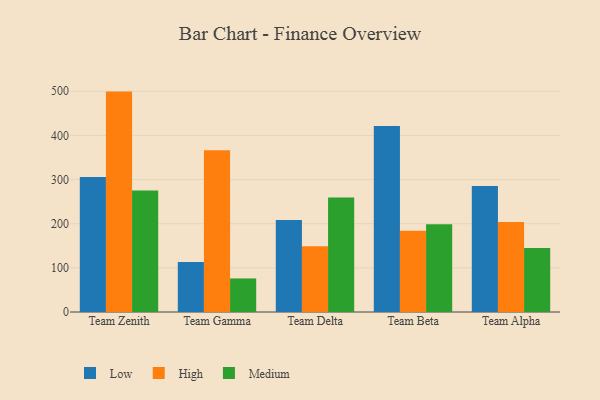
{"axis": {"x": "Team", "y": "Humidity (%)"}, "legend": ["High", "Low", "Medium"], "data": [{"x": "Team Zenith", "y": 305.8, "type": "Low"}, {"x": "Team Zenith", "y": 499.2, "type": "High"}, {"x": "Team Zenith", "y": 275.1, "type": "Medium"}, {"x": "Team Gamma", "y": 113.3, "type": "Low"}, {"x": "Team Gamma", "y": 366.5, "type": "High"}, {"x": "Team Gamma", "y": 76.0, "type": "Medium"}, {"x": "Team Delta", "y": 208.3, "type": "Low"}, {"x": "Team Delta", "y": 149.1, "type": "High"}, {"x": "Team Delta", "y": 259.1, "type": "Medium"}, {"x": "Team Beta", "y": 421.1, "type": "Low"}, {"x": "Team Beta", "y": 183.9, "type": "High"}, {"x": "Team Beta", "y": 198.5, "type": "Medium"}, {"x": "Team Alpha", "y": 285.2, "type": "Low"}, {"x": "Team Alpha", "y": 203.6, "type": "High"}, {"x": "Team Alpha", "y": 145.1, "type": "Medium"}]}